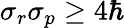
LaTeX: \sigma_{r}\sigma_{p}\geq 4\hbar